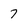
Character: 7